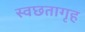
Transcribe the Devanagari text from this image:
स्वछतागृह